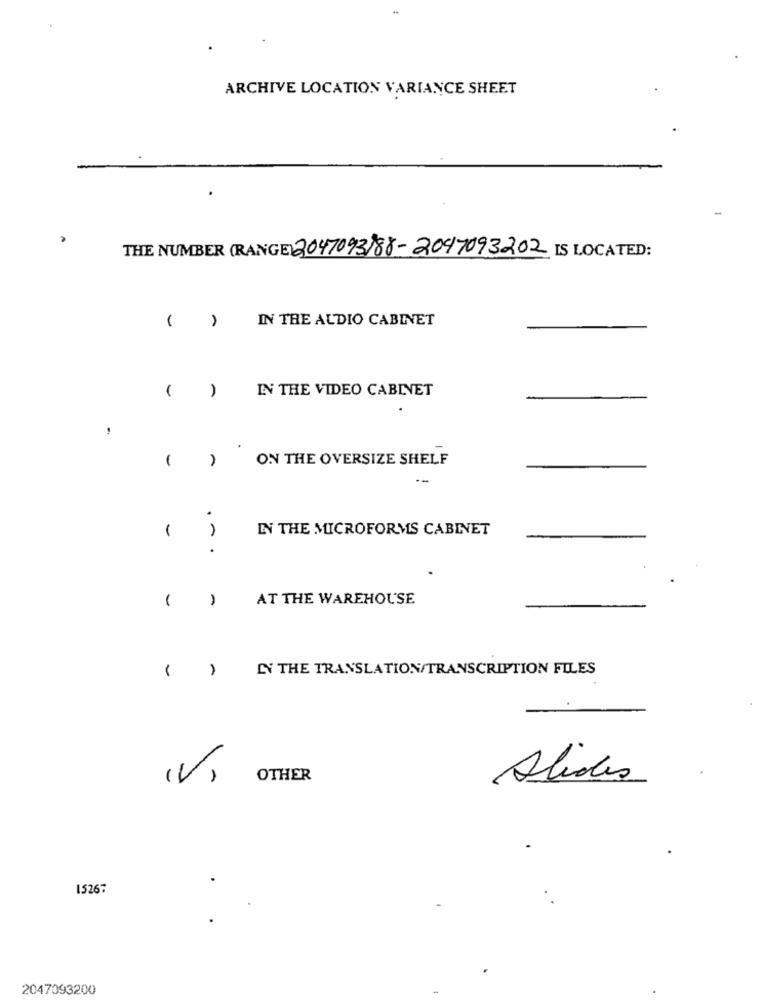
ARCHIVE LOCATION VARIANCE SHEET
THE NUMBER (RANGE) 2047093)88-2047093202 IS LOCATED:
IN THE AUDIO CABINET
( )
IN THE VIDEO CABINET
-
1
ON THE OVERSIZE SHELF
.
1
IN THE MICROFORMS CABINET
.
AT THE WAREHOUSE
-
LY THE TRANSLATION/TRANSCRIPTION FILES
(V)
OTHER
Alides
15267
2047093200